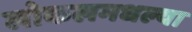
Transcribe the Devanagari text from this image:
लोकलमधल्या